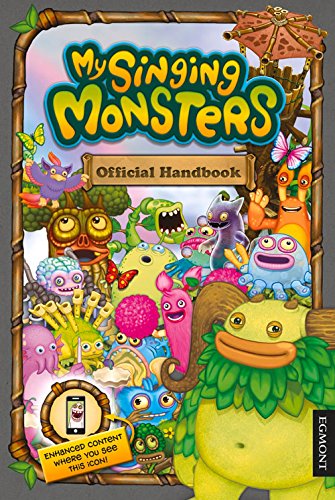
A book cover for My Singing Monsters Official Handbook; Egmont UK; Humor & Entertainment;